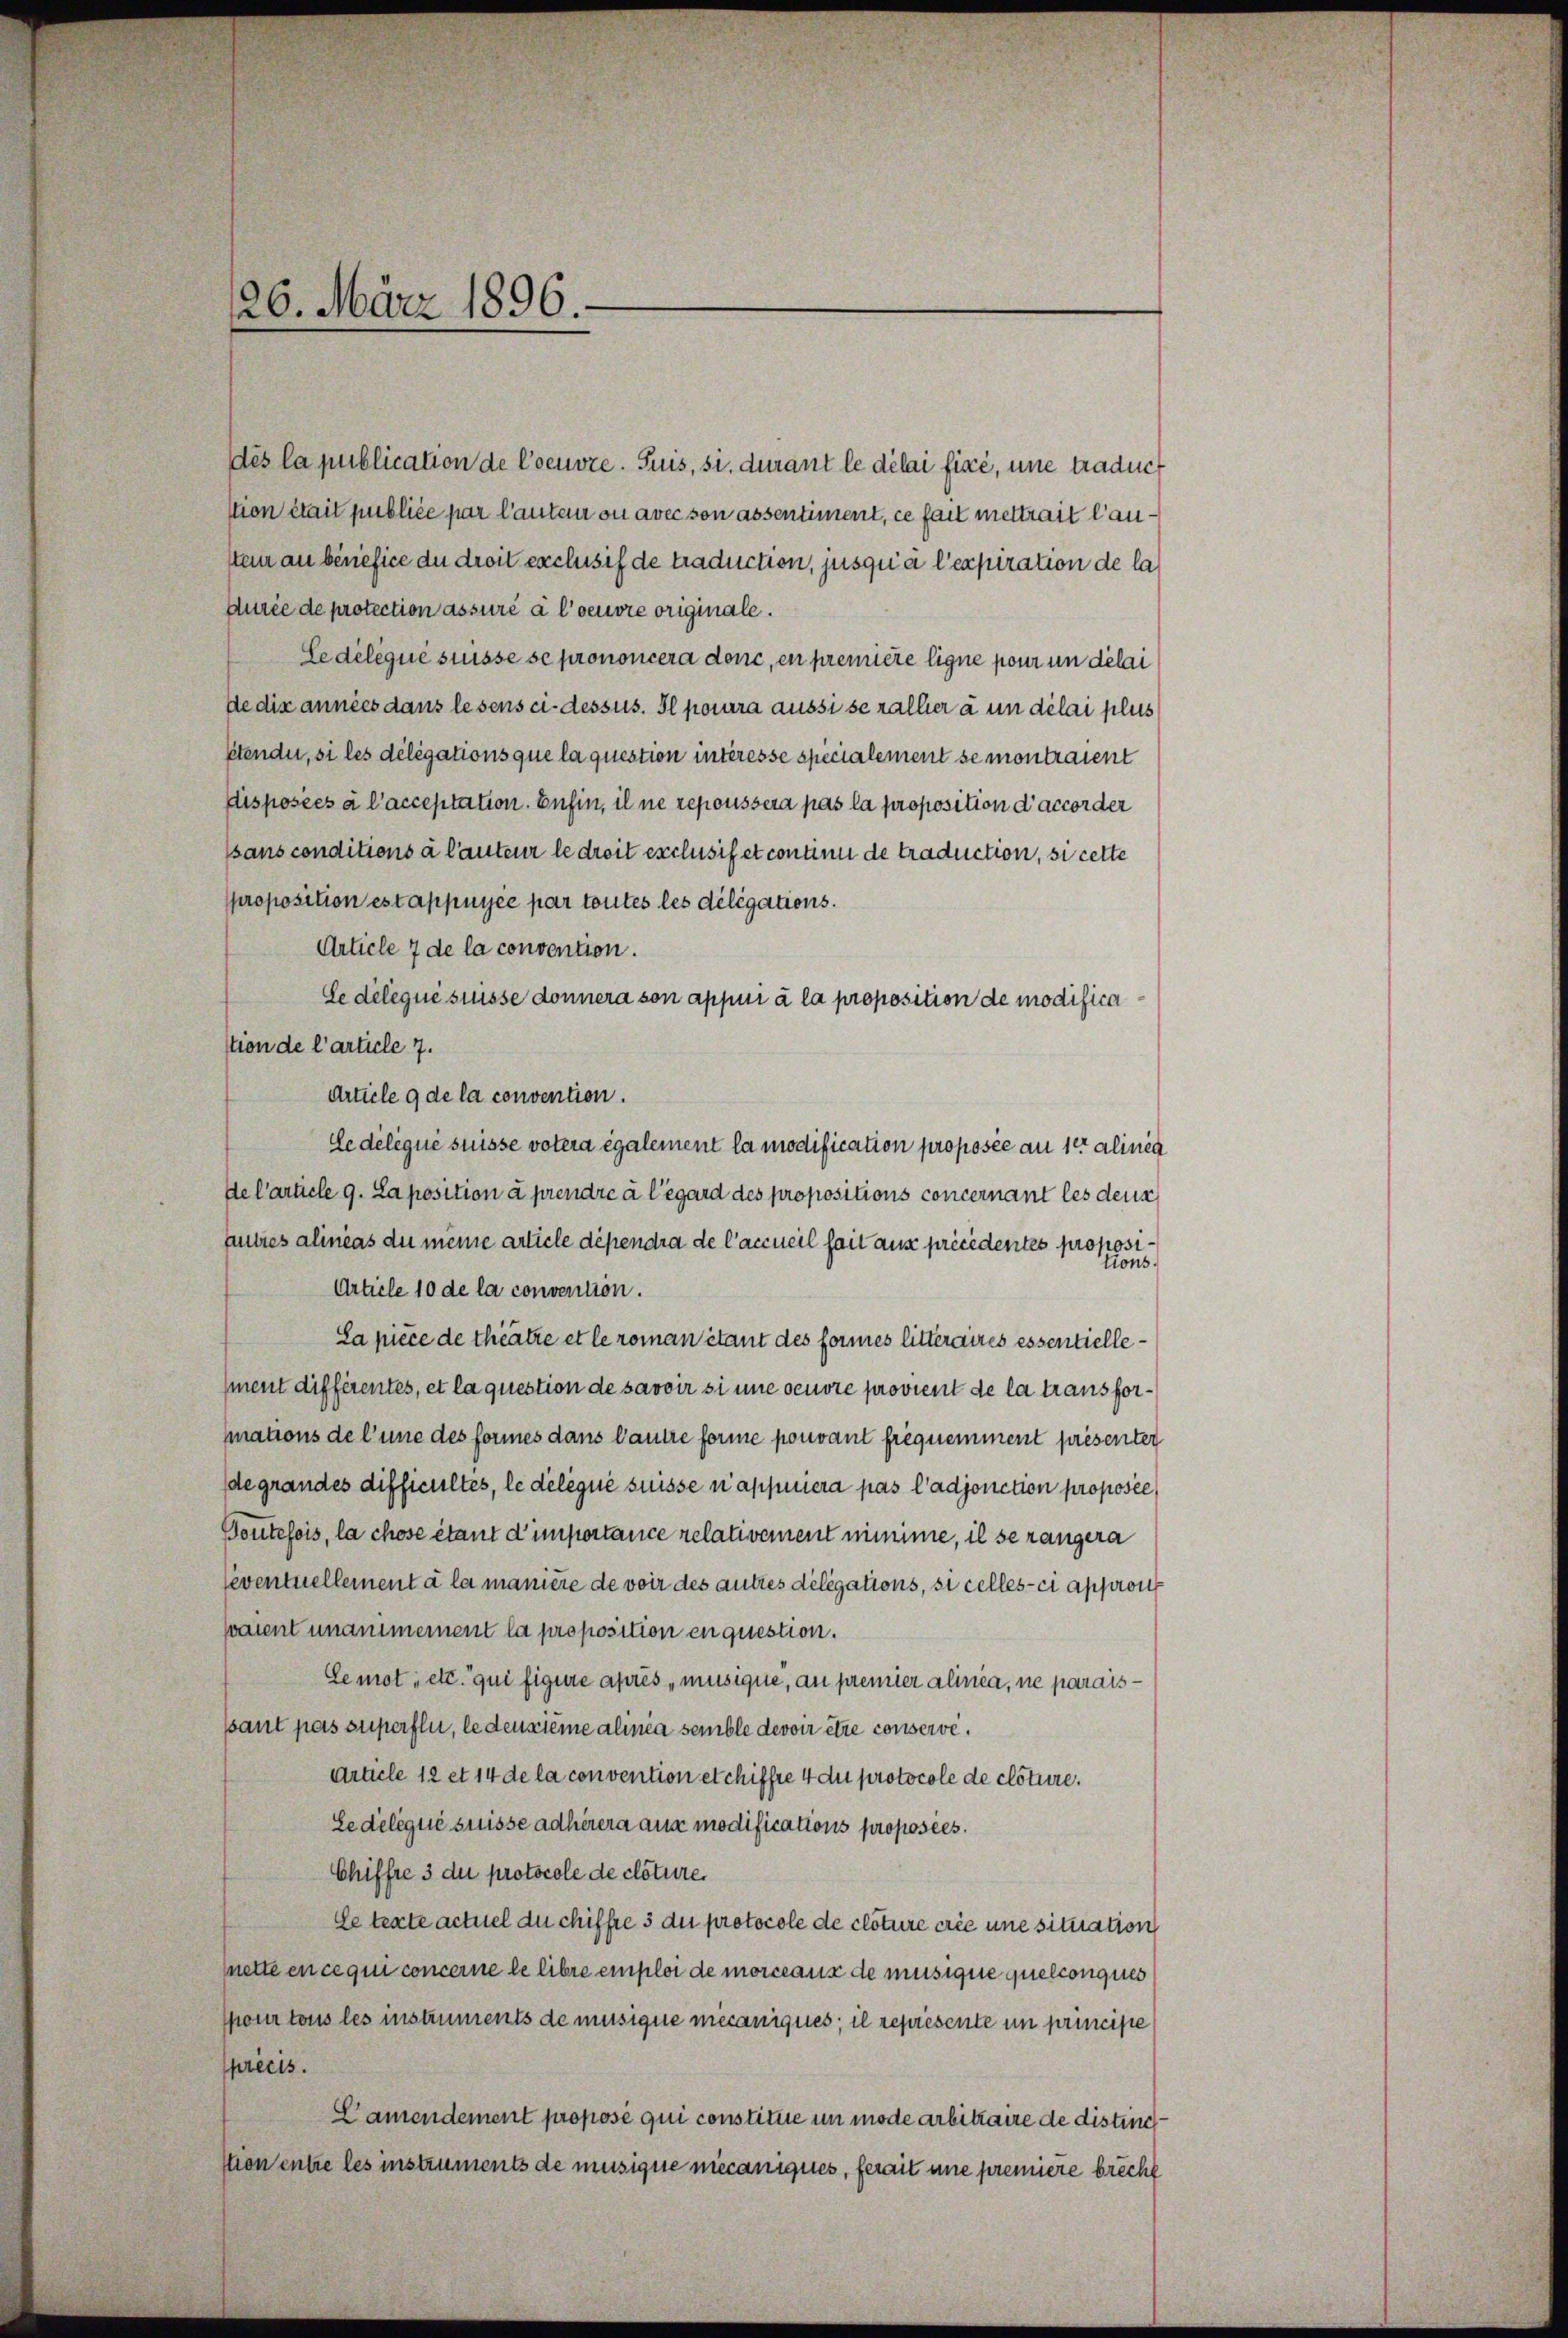
126. März 1896

dès la publication de Coeuvre. Puis, si, durant le délai fixe, une traducstion était publice par lauter ou avec son assentiment, ce fait mettrait lausten an benefice du droit exclusis de traduction, jusqua l’expiration de la
durée de protection assuré à l’oeuvre originale.
Ledelique suisse se prononcera donc, en première ligne pour un délai
de dix années dans lesens ci-dessus. Il pourra aussi seralhier à un délai plus
étender, si les délégations que la question interesse spécialement se montraient
Disposées à l’acceptation. Enfin, il ne repoussera pas la proposition d’accorder
sans conditions à lauteur le droit exclusis et contini de traduction, si cette
proposition estappuyée par toutes les délégations.
Article 7 de la convention.
Le deliqué suisse donnera son appui à la proposition de modificastion de l’article 7.
Article 9 de la convention.
Ce déléqué suisse votera également la modification proposée an der alinea
de l’article 9. La position à prendre à l’égard des propositions concernant les deus
autres alineas du meine article dépendra de l’accueil hait aus précédentes propositions.
Article 10 de la convention.
La pièce de theatre et le roman étant des formes litteraires essentiellement différentes, et la question de savoir si une oeuvre provient de la transformations de l’une des formes dans l’autre forme pouvant frequemment présenten
degrandes difficultes, le delique suisse n’appiera pas l’adjonction proposée
Boutefois, la chose étant d’importance relativement minime, il se rangera
eventuellement à la manière de voir des autres délégations, si celles-ci appron
paient unanimement la proposition en question.
Gemot, etc. qui figure après „musique, au premier alinea, ne paraisssant pas superfli, le deuxième alinia semble devoir être conserve.
Article 12 et 14 de la convention etchiffte 4 du protocole de clôture.
Le délégué suisse adhérera aus modifications proposées.
Chiffre 3 du protocole de clature
Le texte actuel du chiffre 3 du protocole de clôture créé une situation
nette en ce qui concerne le libre emploi de morceaus de musique quelconques
pour tous les instruments de musique mecaniques; il représente in principe
précis.
Lamendement propose qui constitue im mode arbitraire de distinc
stion entre les instruments de musigne mecaniques, ferait eine premiere brecht